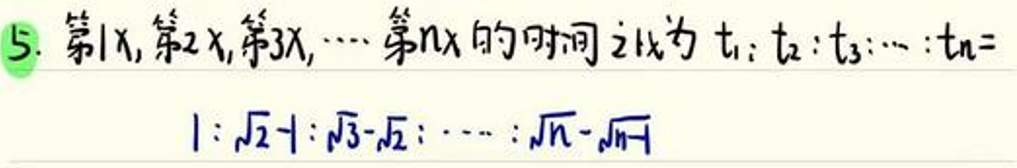
5. 第1x, 第2x, 第3x, $\cdots$ 第nx 的时间之比为 $t_1:t_2:t_3:\cdots:t_n = 1:\sqrt{2}-1:\sqrt{3}-\sqrt{2}:\cdots:\sqrt{n}-\sqrt{n - 1}$